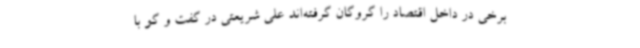
برخی در داخل اقتصاد را گروگان گرفته‌اند علی شریعتی در گفت و گو با